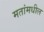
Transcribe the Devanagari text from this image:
मतांमधील